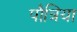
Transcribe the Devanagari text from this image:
पौत्रिया